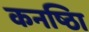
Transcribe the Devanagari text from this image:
कनष्ठाि